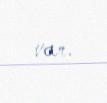
var.